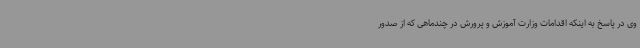
وی در پاسخ به اینکه اقدامات وزارت آموزش و پرورش در چندماهی که از صدور